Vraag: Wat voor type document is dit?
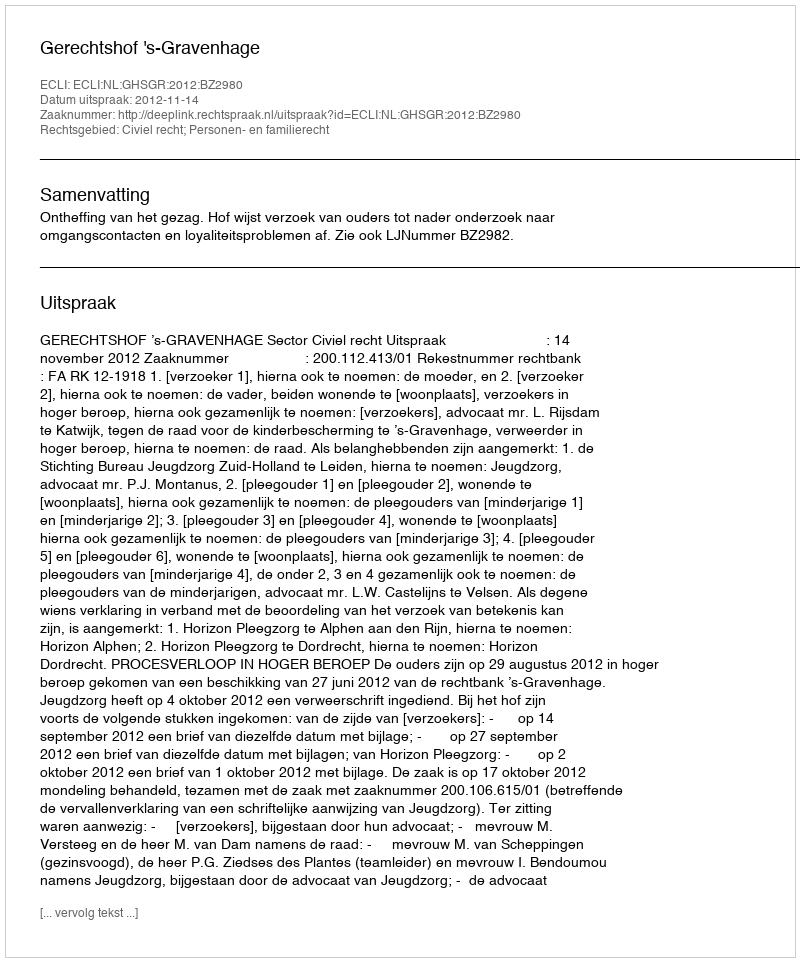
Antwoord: Uitspraak